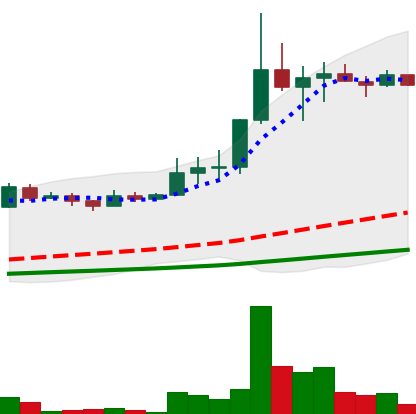
Ticker: LINK-USD
Chart end date: 2019-07-06
Forward return: -18.687%
Label: down_7plus